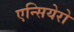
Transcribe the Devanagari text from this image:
एन्सियेरो